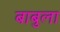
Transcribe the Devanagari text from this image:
बाबुला